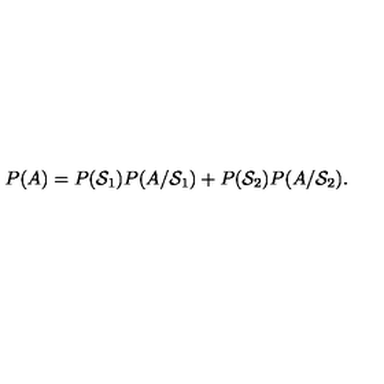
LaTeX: P ( A ) = P ( { \cal S } _ { 1 } ) P ( A / { \cal S } _ { 1 } ) + P ( { \cal S } _ { 2 } ) P ( A / { \cal S } _ { 2 } ) .